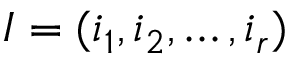
I = ( i _ { 1 } , i _ { 2 } , \dots , i _ { r } )